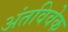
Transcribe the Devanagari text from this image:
अंतविवेक